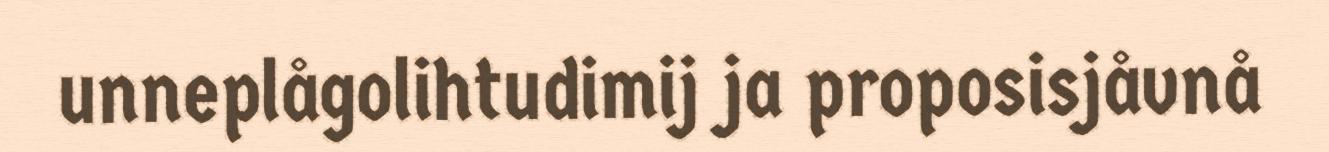
unneplågolihtudimij ja proposisjåvnå